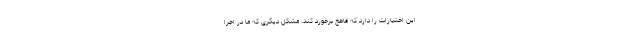
این اختیارات را دارد که قاطع برخورد کند. مشکل دیگری که ما در اجرا